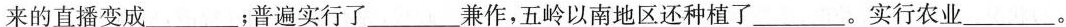
来的直播变成___；普遍实行了___兼作，五岭以南地区还种植了___。实行农业___。